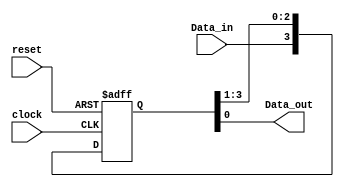
module Shift_reg4 (Data_out, Data_in, clock, reset);
  output 	Data_out;
  input 		Data_in, clock, reset;
  reg 	[3: 0] 	Data_reg;

  assign 	Data_out = Data_reg[0];

  always @  (negedge reset or posedge clock)		
    begin 
      if (reset == 1'b0)  	Data_reg <= 4'b0;
      else 		Data_reg <= {Data_in, Data_reg[3:1]};
    end
endmodule